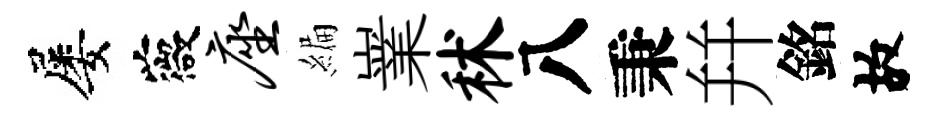
屡薇座編嶪秫八秉幷銘故